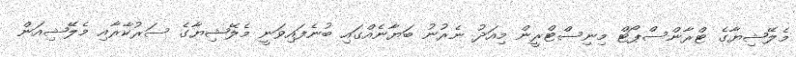
މެލޭޝިޔާގެ ޓްރާންސްޕޯޓް މިނިސްޓްރީން މިއަދު ނެރުނު ބަޔާނެއްގައި ބުނެފައިވަނީ މެލޭޝިޔާގެ ސަރުކާރާއި މެލޭޝިއަން